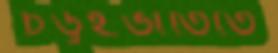
চড়ুইভাতিতে